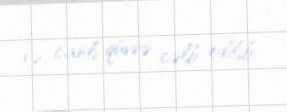
və canlı qüvvə cəlb edilib.